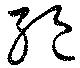
絶